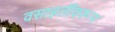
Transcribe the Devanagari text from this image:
वसाहतींवरून